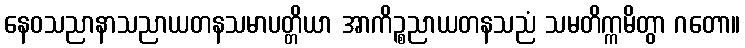
နေဝသညာနာသညာယတနသမာပတ္တိယာ အာကိဉ္စညာယတနသညံ သမတိက္ကမိတွာ ဂတော။